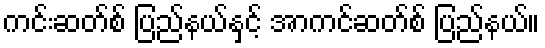
ကင်းဆတ်စ် ပြည်နယ်နှင့် အာကင်ဆတ်စ် ပြည်နယ်။